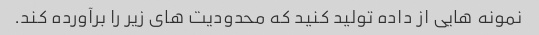
نمونه هایی از داده تولید کنید که محدودیت های زیر را برآورده کند.